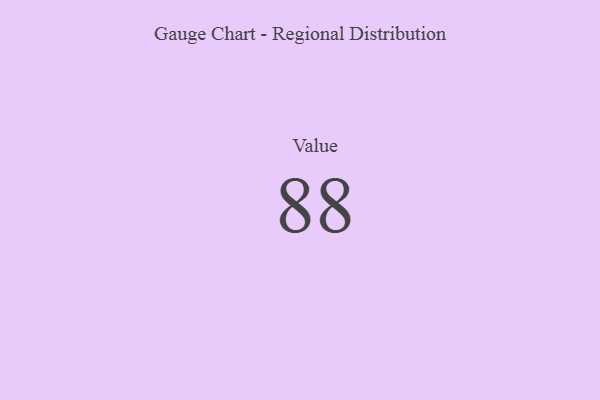
{"axis": {"x": "Metric", "y": "Value"}, "legend": [""], "data": [{"x": "Value", "y": 88, "type": ""}]}